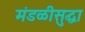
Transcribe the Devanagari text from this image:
मंडळीसुद्धा